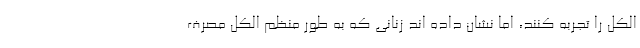
الکل را تجربه کنند، اما نشان داده اند زنانی که به طور منظم الکل مصرف